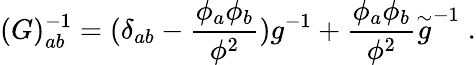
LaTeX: (G)_{ab}^{-1}=(\delta_{ab}-\frac{\phi_{a}\phi_{b}}{\phi^{2}})g^{-1}+\frac{\phi_{a}\phi_{b}}{\phi^{2}}{\stackrel{\sim}{g}}^{-1}\; .